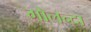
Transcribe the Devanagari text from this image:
गोलन्दा